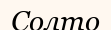
Солто